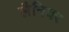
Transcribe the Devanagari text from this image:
लैनियर